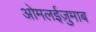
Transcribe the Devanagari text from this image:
ओमलईज़ुमाब